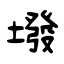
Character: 墢